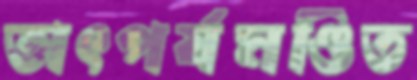
তাৎপর্যমণ্ডিত